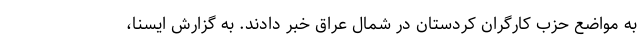
به مواضع حزب کارگران کردستان در شمال عراق خبر دادند. به گزارش ایسنا،